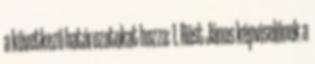
a következő határozatokat hozza: 1. Röst János képviselőnek a